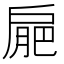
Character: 𢩒